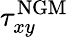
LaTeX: \tau_{xy}^{\mathrm{{NGM}}}